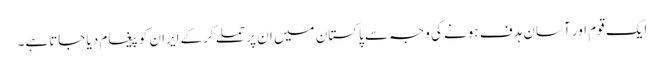
ایک قوم اور آسان ہدف ہونے کی وجہ سے پاکستان میں ان پر حملے کرکے ایران کو پیغام دیا جاتاہے۔